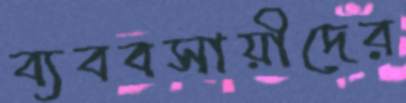
ব্যববসায়ীদের